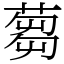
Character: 蒭